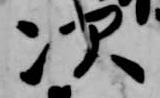
次